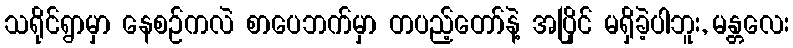
သရိုင်ရွာမှာ နေစဉ်ကလဲ စာပေဘက်မှာ တပည့်တော်နဲ့ အပြိုင် မရှိခဲ့ပါဘူး, မန္တလေး